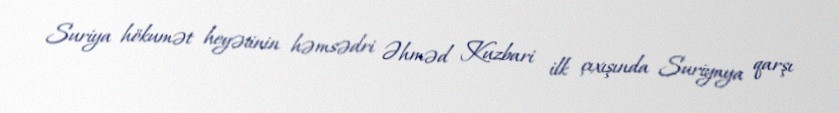
Suriya hökumət heyətinin həmsədri Əhməd Kuzbari ilk çıxışında Suriyaya qarşı